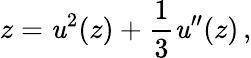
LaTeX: z=\mathit{u}^{2}(z)+{\frac{{1}}{{3}}}\mathit{u}^{\prime\prime}(z)\, ,